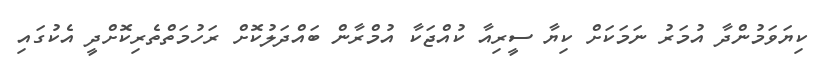
ކިޔަވަމުންދާ އުމަރު ނަމަކަށް ކިޔާ ސީރިއާ ކުއްޖަކާ އުމްރާން ބައްދަލުކޮށް ރަހުމަތްތެރިކޮށްދީ އެކުގައި